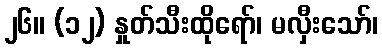
၂၆။ (၁၂) နှုတ်သီးထိုရော်၊ မလှီးသော်၊